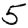
Digit: 5